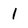
Character: 1